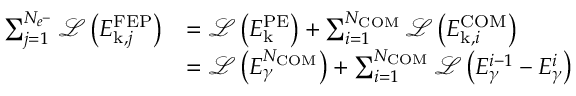
\begin{array} { r l } { \sum _ { j = 1 } ^ { N _ { e ^ { - } } } \mathcal { L } \left( E _ { \mathrm { k } , j } ^ { \mathrm { F E P } } \right) } & { = \mathcal { L } \left( E _ { \mathrm { k } } ^ { \mathrm { P E } } \right) + \sum _ { i = 1 } ^ { N _ { \mathrm { C O M } } } \mathcal { L } \left( E _ { \mathrm { k } , i } ^ { \mathrm { C O M } } \right) } \\ & { = \mathcal { L } \left( E _ { \gamma } ^ { N _ { \mathrm { C O M } } } \right) + \sum _ { i = 1 } ^ { N _ { \mathrm { C O M } } } \mathcal { L } \left( E _ { \gamma } ^ { i - 1 } - E _ { \gamma } ^ { i } \right) } \end{array}